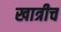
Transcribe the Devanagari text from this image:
खात्रीच